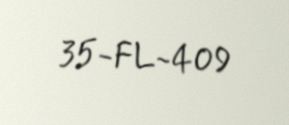
35-FL-409